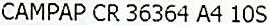
CAMPAP CR 36364 A4 10S